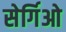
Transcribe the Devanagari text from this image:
सेर्गिओ